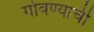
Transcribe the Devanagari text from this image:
गोवण्याची